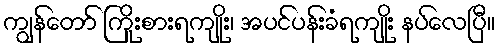
ကျွန်တော် ကြိုးစားရကျိုး၊ အပင်ပန်းခံရကျိုး နပ်လေပြီ။